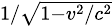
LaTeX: \scriptstyle{1/{\sqrt{1-{v^{2}}/{c^{2}}}}}